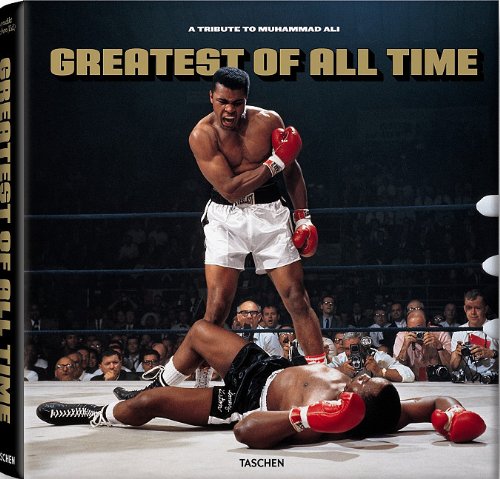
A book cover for Greatest Of All Time: A Tribute to Muhammad Ali; Taschen; Arts & Photography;